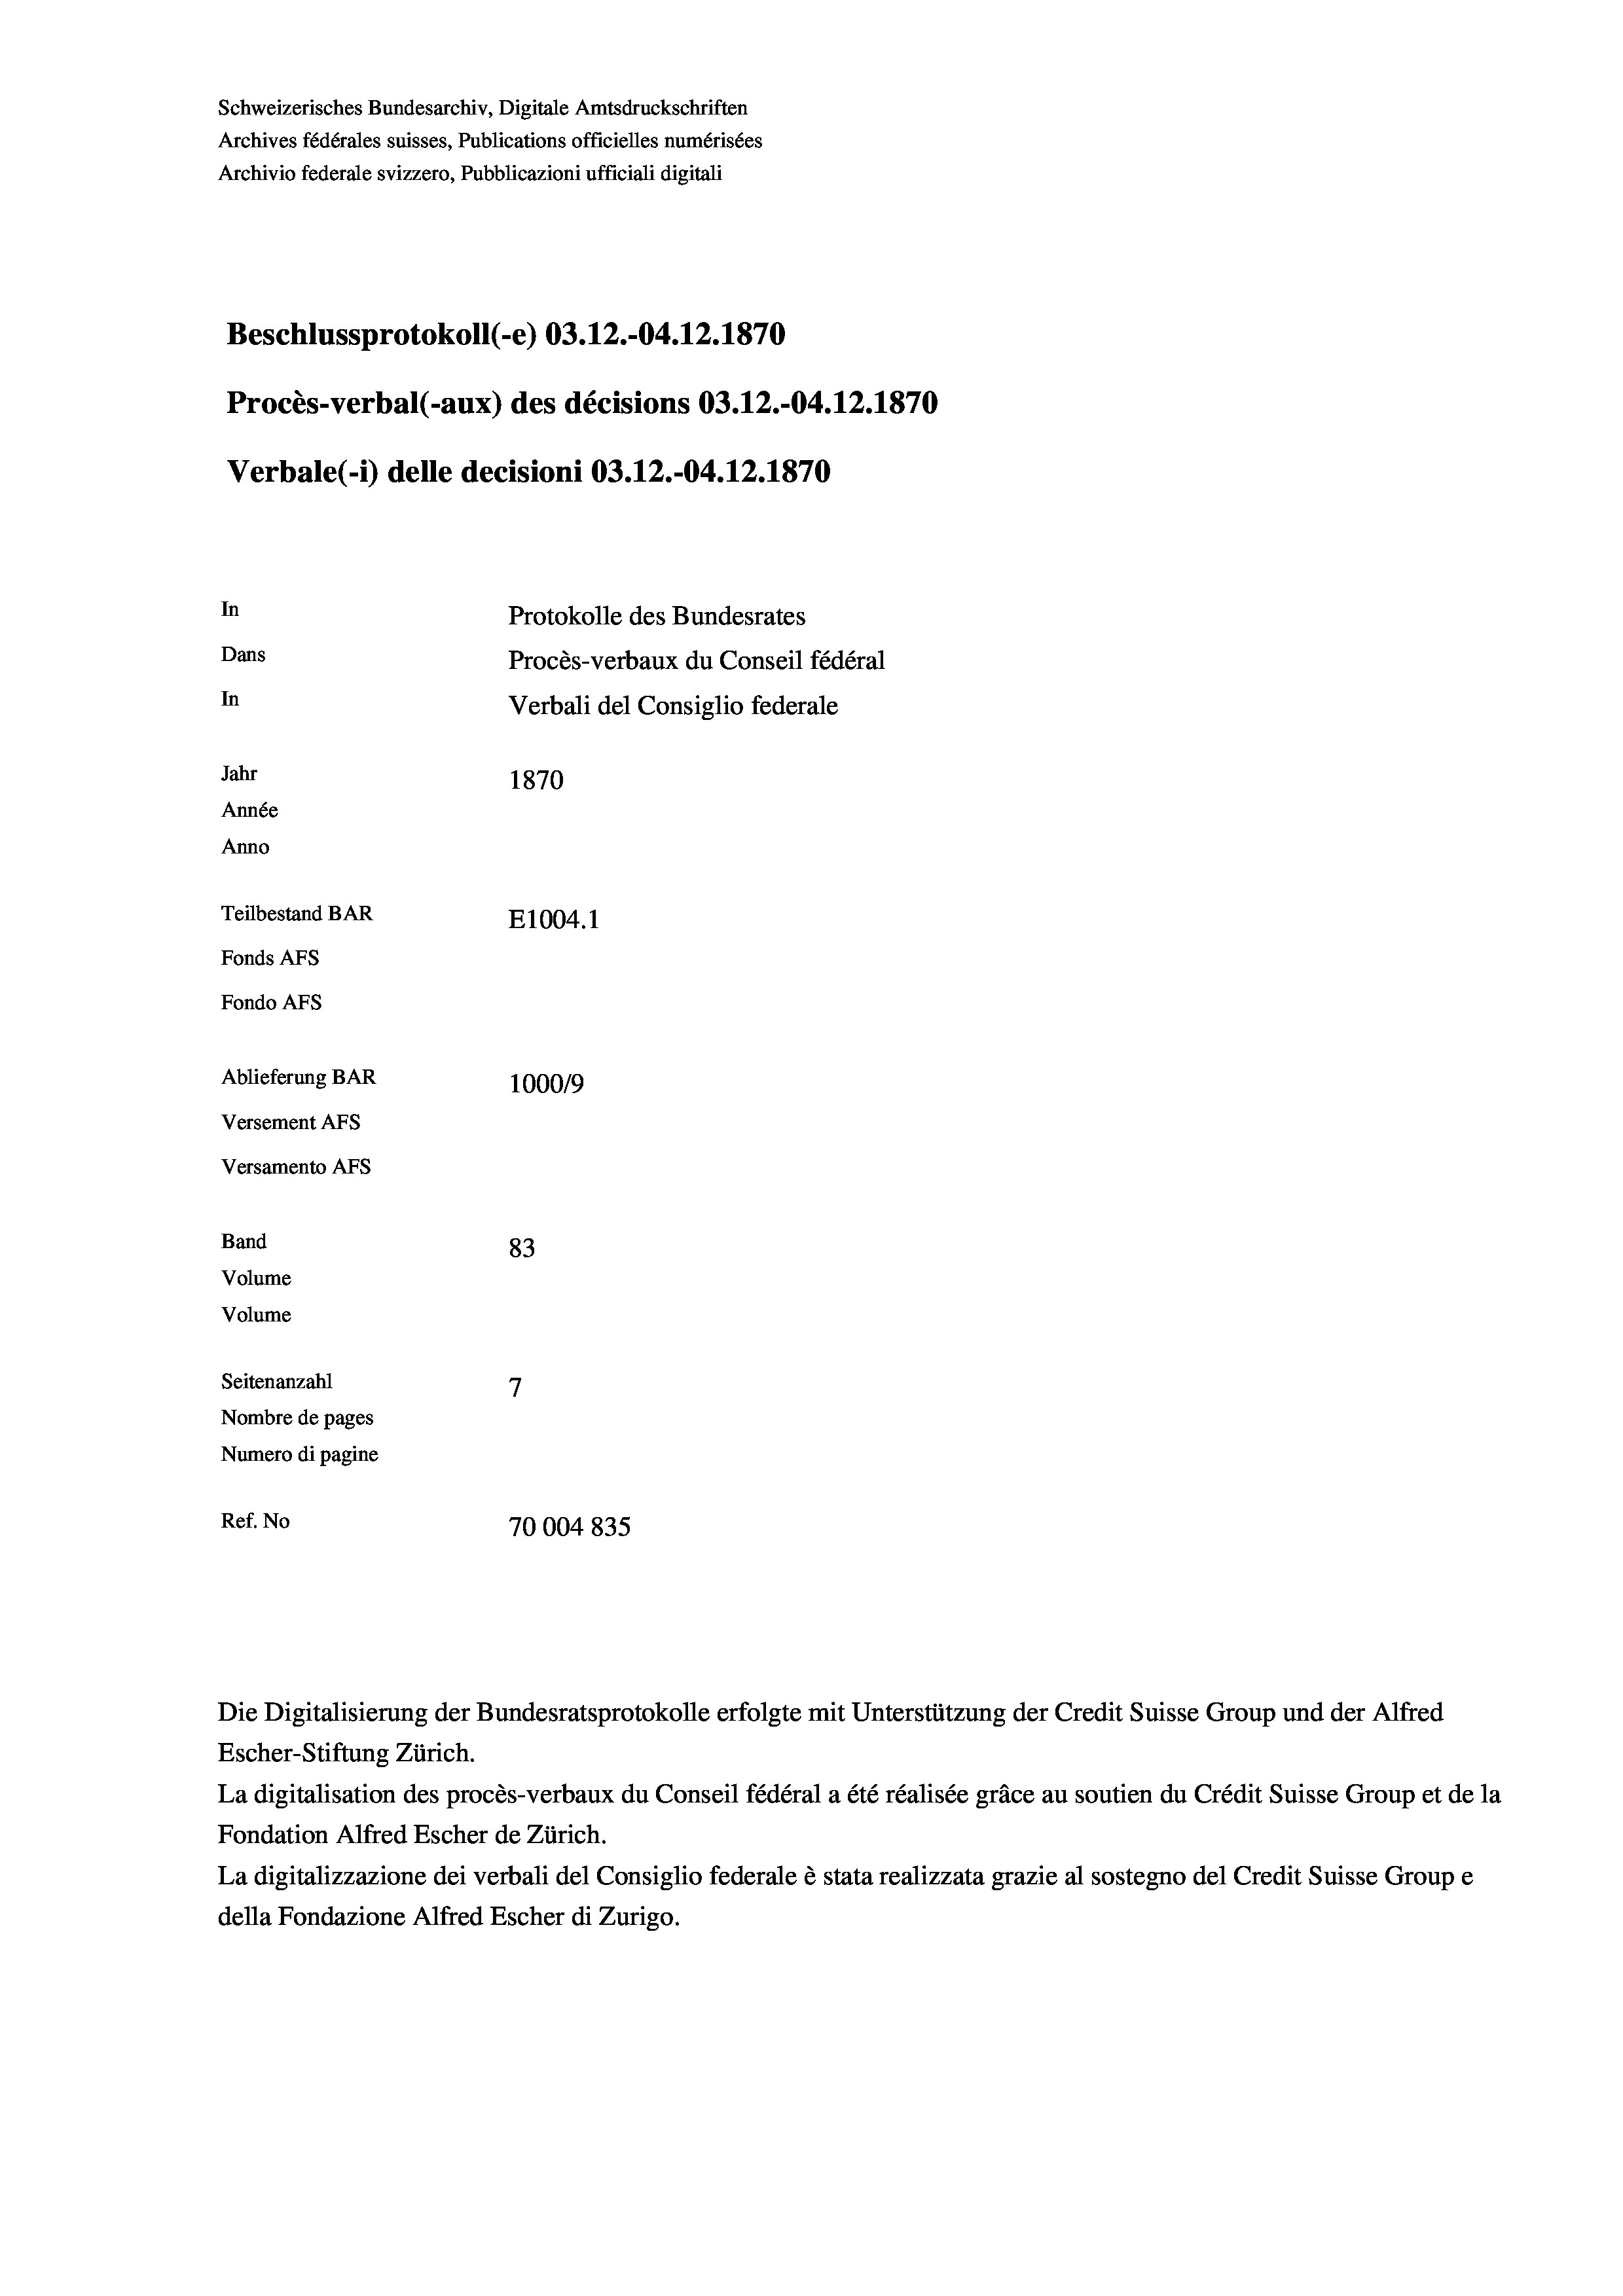
Schweizerisches Bundesarchiv, Digitale Amtsdruckschriften
Archives fédérales suisses, Publications officielles numérisées
Archivio federale svizzero, Pubblicazioni ufficiali digitali
Beschlussprotokoll (-e) 03.12.-04.12.1870
Procès-verbal (-aux) des décisions 03.12.-04.12.1870
Verbale (i) delle decisioni 03.12.-04.12.1870
In
Protokolle des Bundesrates
Dans
Procès-verbaux du Conseil fédéral
In
Verbali del Consiglio federale
Jahr
1870
Année
Anno
Teilbestand BAR
E1004. 1
Fonds AFs
Fondo AFS
Ablieferung BAR
100019
Versement AFs
Versamento AFs
Band
83
Volume
Volume
7
Seitenanzahl
Nombre de pages
Numero di pagine
Ref. No
70004835

Escher-Stiftung Zürich.
La digitalisation des procès-verbaux du Conseil fédéral a été réalisée gräce au soutien du Crédit Suisse Group et de la
Fondation Alfred Escher de Zürich.
La digitalizzazione dei verbali del Consiglio federale è stata realizzata grazie al sostegno del Credit Suisse Groupe
della Fondazione Alfred Escher di Zurigo.

Die Digitalisierung der Bundesratsprotokolle erfolgte mit Unterstützung der Credit Suisse Group und der Alfred